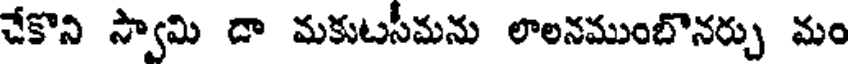
చేకొని స్వామి దా మకుటసీమను లాలనముంబొనర్చు మం